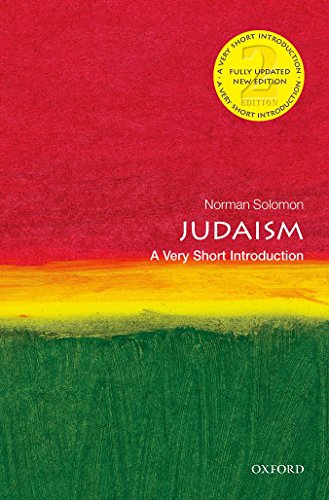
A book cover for Judaism: A Very Short Introduction (Very Short Introductions); Norman Solomon; Religion & Spirituality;